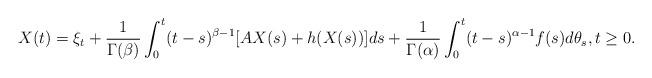
LaTeX: \begin{align*}X(t)=\xi_t+\frac{1}{\Gamma(\beta)}\int_0^t (t-s)^{\beta-1} [AX(s)+h(X(s))]ds+\frac{1}{\Gamma(\alpha)}\int_0^t (t-s)^{\alpha-1}f(s)d\theta_s, t\ge 0.\end{align*}